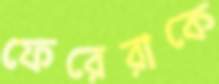
ফেরেরাকে